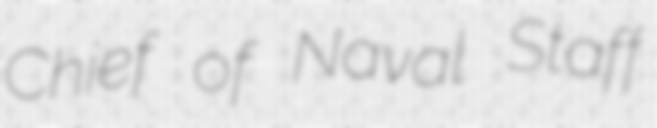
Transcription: Chief of Naval Staff